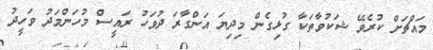
މައްޗަށް ކުރެވޭ ޝަކުވާތަކާ ގުޅިގެން މިދިޔަ އަންގާރަ ދުވަހު ރައީސް މުހަންމަދު ވަހީދު